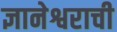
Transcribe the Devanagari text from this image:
ज्ञानेश्वराची